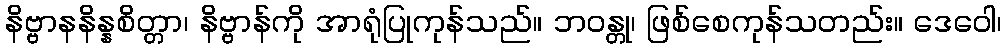
နိဗ္ဗာနနိန္နစိတ္တာ၊ နိဗ္ဗာန်ကို အာရုံပြုကုန်သည်။ ဘဝန္တု၊ ဖြစ်စေကုန်သတည်း။ ဒေဝေါ၊